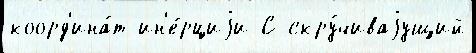
коорд'ина́т ин'е́рциjи С скру́чиваjущий